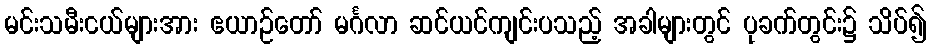
မင်းသမီးငယ်များအား ဧယာဉ်တော် မင်္ဂလာ ဆင်ယင်ကျင်းပသည့် အခါများတွင် ပုခက်တွင်း၌ သိပ်၍